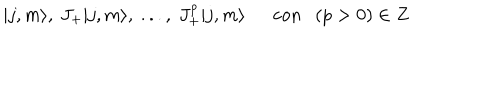
| j , m \rangle , \ J _ { + } | j , m \rangle , \ . . . , \ J _ { + } ^ { p } | j , m \rangle \ \mathrm { ~ c o n } \ \ \ ( p > 0 ) \in Z